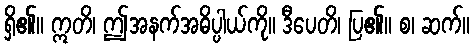
ရှိ၏။ ဣတိ၊ ဤအနက်အဓိပ္ပါယ်ကို။ ဒီပေတိ၊ ပြ၏။ စ၊ ဆက်။